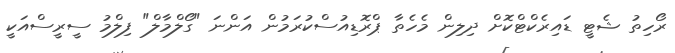
ރޯހިތު ޝެޓީ ޑައިރެކްޓްކޮށް ދިލިން މެހެތާ ޕްރޮޑިއުސްކުރަމުން އަންނަ "ގޯލްމާލް" ފިލްމު ސީރީސްއަކީ